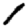
Digit: 1